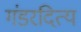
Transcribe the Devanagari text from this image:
गंडरदित्य